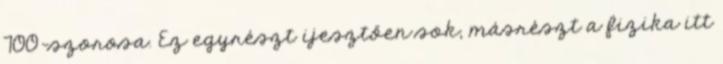
700-szorosa. Ez egyrészt ijesztően sok, másrészt a fizika itt